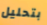
بتحليل